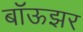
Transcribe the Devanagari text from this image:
बॉऊझर